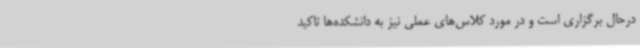
درحال برگزاری است و در مورد کلاس‌های عملی نیز به دانشکده‌ها تاکید